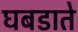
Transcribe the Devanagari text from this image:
घबडाते